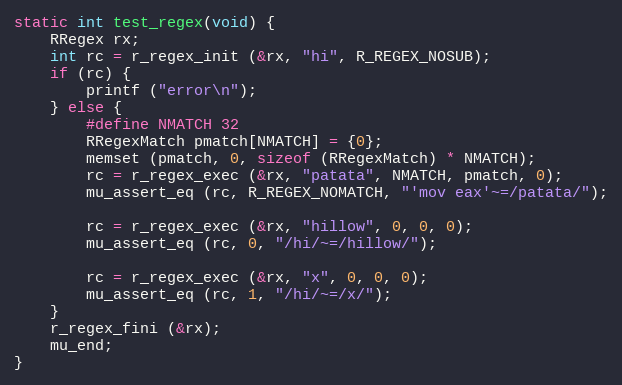
Language: C
static int test_regex(void) {
	RRegex rx;
	int rc = r_regex_init (&rx, "hi", R_REGEX_NOSUB);
	if (rc) {
		printf ("error\n");
	} else {
		#define NMATCH 32
		RRegexMatch pmatch[NMATCH] = {0};
		memset (pmatch, 0, sizeof (RRegexMatch) * NMATCH);
		rc = r_regex_exec (&rx, "patata", NMATCH, pmatch, 0);
		mu_assert_eq (rc, R_REGEX_NOMATCH, "'mov eax'~=/patata/");

		rc = r_regex_exec (&rx, "hillow", 0, 0, 0);
		mu_assert_eq (rc, 0, "/hi/~=/hillow/");

		rc = r_regex_exec (&rx, "x", 0, 0, 0);
		mu_assert_eq (rc, 1, "/hi/~=/x/");
	}
	r_regex_fini (&rx);
	mu_end;
}